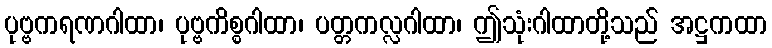
ပုဗ္ဗကရဏဂါထာ၊ ပုဗ္ဗကိစ္စဂါထာ၊ ပတ္တကလ္လဂါထာ၊ ဤသုံးဂါထာတို့သည် အဋ္ဌကထာ